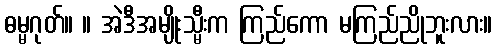
ဓမ္မဂုတ်။ ။ အဲဒီအမျိုးသ္မီးက ကြည်ကော မကြည်ညိုဘူးလား။